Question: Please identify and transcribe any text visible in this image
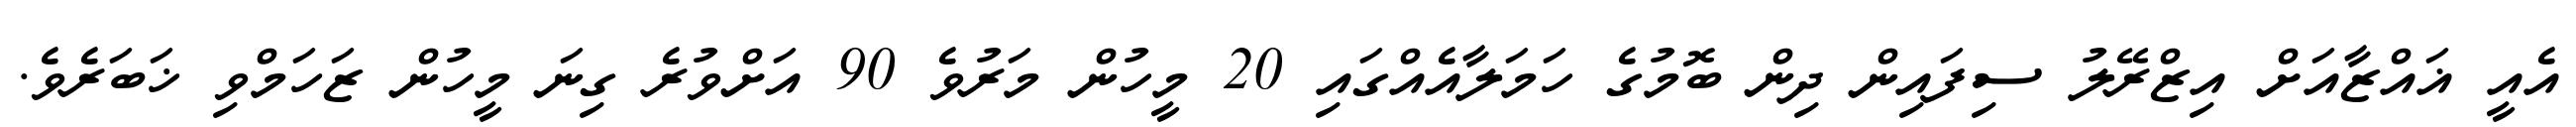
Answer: އެއީ ޣައްޒާއަށް އިޒްރޭލު ސިފައިން ދިން ބޮމުގެ ހަމަލާއެއްގައި 20 މީހުން މަރުވެ 90 އަށްވުރެ ގިނަ މީހުން ޒަހަމްވި ޚަބަރެވެ.